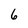
Character: 6